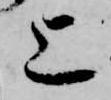
上